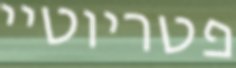
פטריוטיי